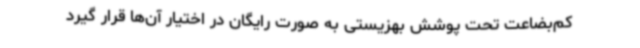
کم‌بضاعت تحت پوشش بهزیستی به صورت رایگان در اختیار آن‌ها قرار گیرد